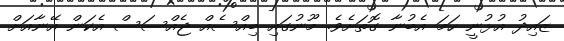
ޒައިދު އުޅުނީ ހަމަ އެބުނާ ގޮތަށެވެ. މޫނުގައި ބިއްސެއް ޖެއްސަސް އެކަން އޭނާއަށް